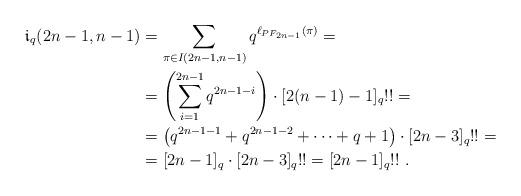
LaTeX: \begin{align*}\mathfrak i_q(2n-1,n-1)&=\sum_{\pi\in I(2n-1,n-1)}q^{\ell_{PF_{2n-1}}(\pi)}=\\&=\left(\sum_{i=1}^{2n-1}q^{2n-1-i}\right)\cdot [2(n-1)-1]_q!!=\\&=\left(q^{2n-1-1}+q^{2n-1-2}+\cdots+q+1\right)\cdot [2n-3]_q!!=\\&=[2n-1]_q\cdot [2n-3]_q!!=[2n-1]_q!!\,\,.\end{align*}